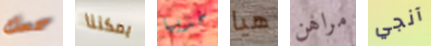
سمعك يمكننا خذيها هيا مراهن آنجي